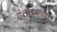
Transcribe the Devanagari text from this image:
दंतकाथाएं